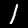
Digit: 1